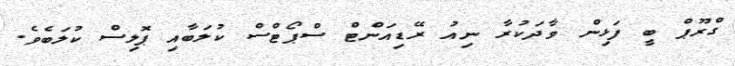
ގްރޫޕް ބީ ފަޅިން ވާދަކުރާ ނިއު ރޭޑިއަންޓް ސްޕޯޓްސް ކުލަބާއި ޕޮލިސް ކުލަބެވެ.